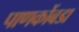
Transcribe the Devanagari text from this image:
पाणकोंबडा